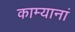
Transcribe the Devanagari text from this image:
काम्यानां